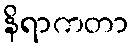
နိရာကတာ